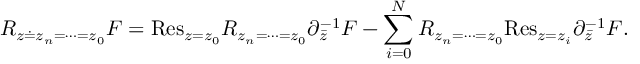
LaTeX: { \cal R } _ { z \doteq z _ { n } = \cdots = z _ { 0 } } F = \mathrm { R e s } _ { z = z _ { 0 } } { \cal R } _ { z _ { n } = \cdots = z _ { 0 } } \partial _ { \bar { z } } ^ { - 1 } F - \sum _ { i = 0 } ^ { N } { \cal R } _ { z _ { n } = \cdots = z _ { 0 } } \mathrm { R e s } _ { z = z _ { i } } \partial _ { \bar { z } } ^ { - 1 } F .